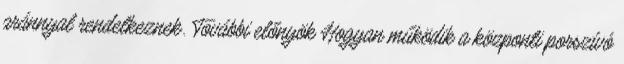
aránnyal rendelkeznek. További előnyök Hogyan működik a központi porszívó